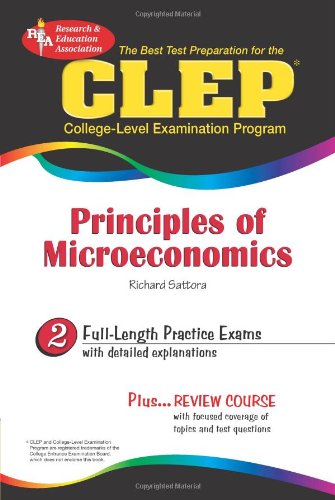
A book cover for The Best Test Preparation for the CLEP: Principles of Microeconomics; Richard Sattora; Test Preparation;